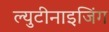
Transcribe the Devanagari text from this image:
ल्युटीनाइजिंग